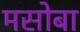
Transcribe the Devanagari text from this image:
मसोबा